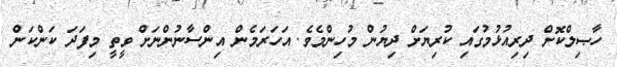
ހާޞިލްކޮށް ދިރިއުޅުމުގައި ކުރިޔަށް ދިޔުން މުހިންމެވެ. އަހަރަމެން އިންސާނުންނަށް ވީތީ މިފަދަ ކަންކަން